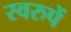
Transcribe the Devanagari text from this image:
स्वरुपें